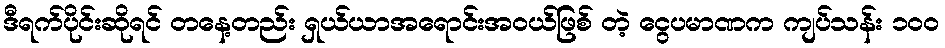
ဒီရက်ပိုင်းဆိုရင် တနေ့တည်း ရှယ်ယာအရောင်းအဝယ်ဖြစ် တဲ့ ငွေပမာဏက ကျပ်သန်း ၁၀၀